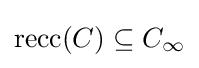
\operatorname {recc} (C)\subseteq C_{\infty }